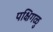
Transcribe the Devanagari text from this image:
पक्षिगळु